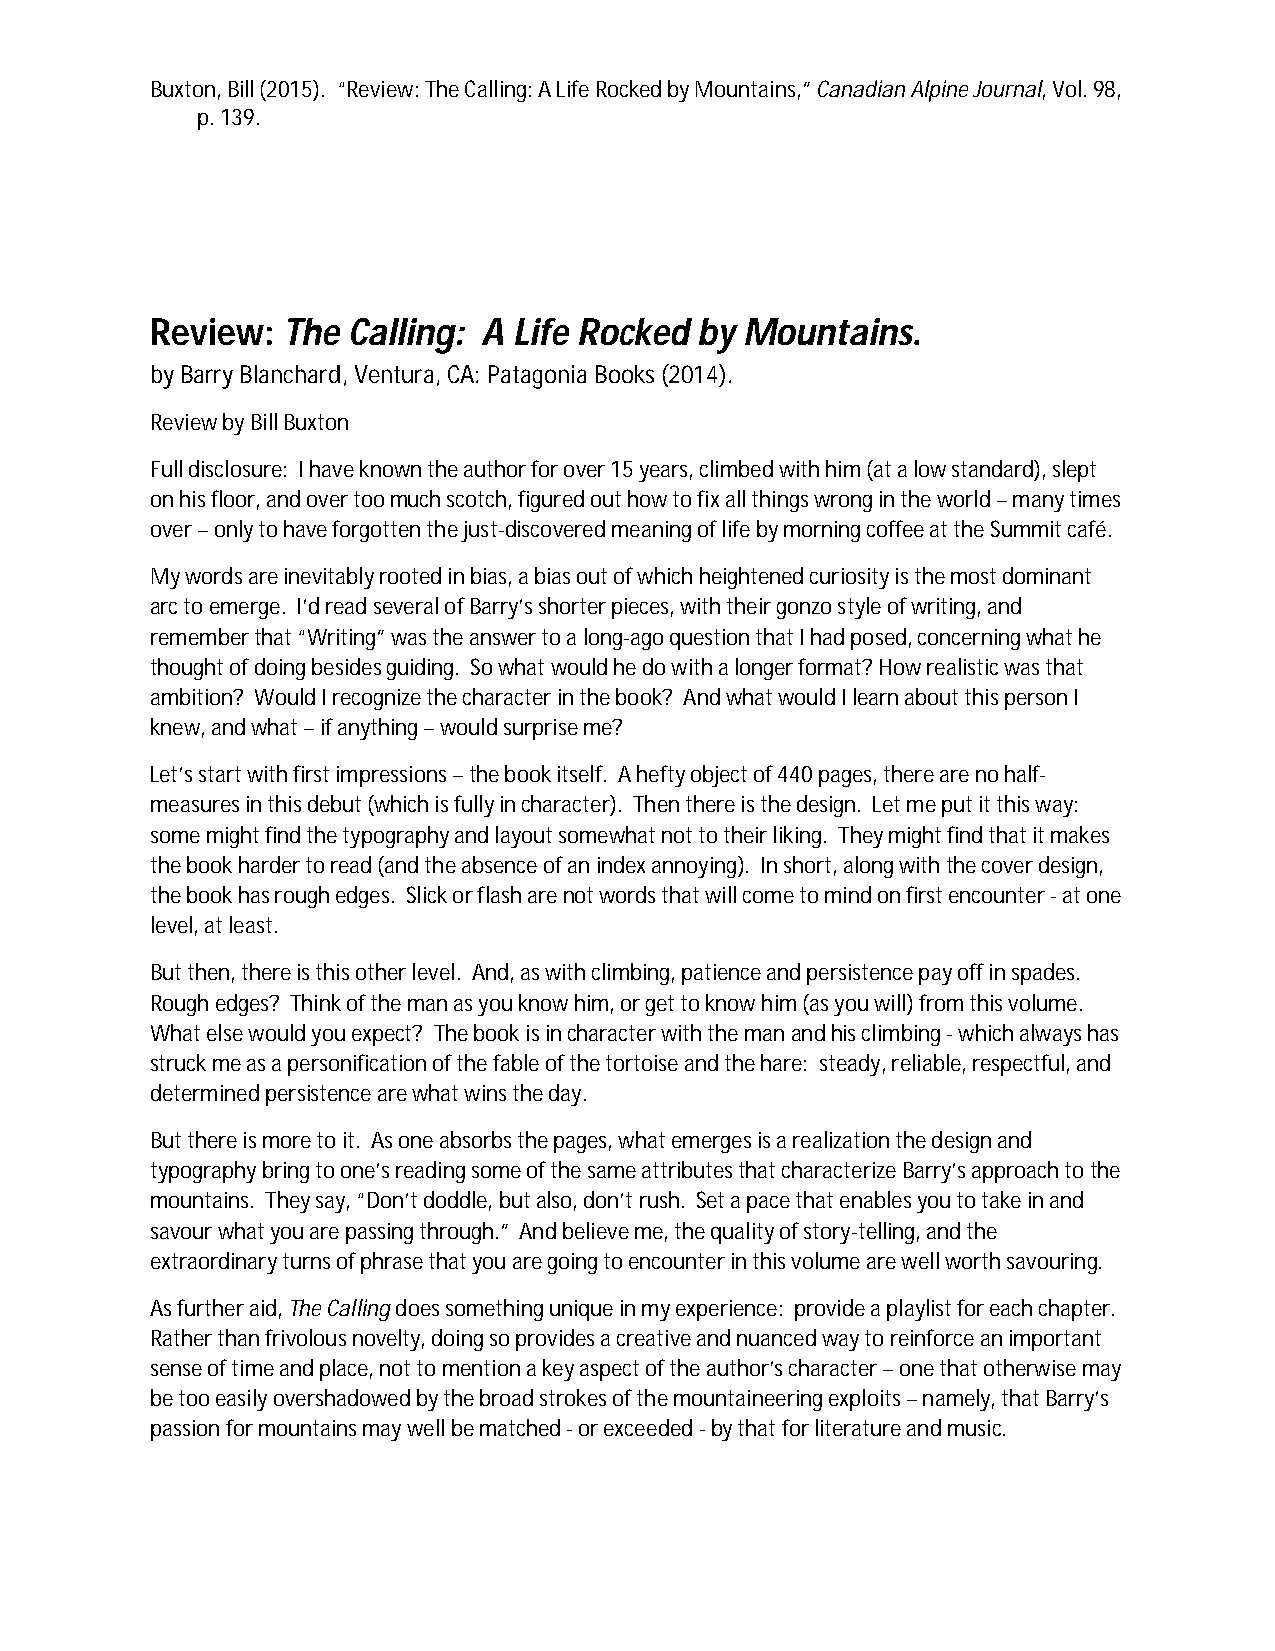
Buxton, Bill (2015). “Review: The Calling: A Life Rocked by Mountains,” Canadian Alpine Journal, Vol. 98,
 p. 139.
 Review:  The Calling: A Life Rocked by Mountains.
 by Barry Blanchard, Ventura, CA: Patagonia Books (2014).
 Review by Bill Buxton
 Full disclosure: I have known the author for over 15 years, climbed with him (at a low standard), slept
 on his floor, and over too much scotch, figured out how to fix all things wrong in the world – many times
 over – only to have forgotten the just-discovered meaning of life by morning coffee at the Summit café.
 My words are inevitably rooted in bias, a bias out of which heightened curiosity is the most dominant
 arc to emerge. I’d read several of Barry’s shorter pieces, with their gonzo style of writing, and
 remember that “Writing” was the answer to a long-ago question that I had posed, concerning what he
 thought of doing besides guiding. So what would he do with a longer format? How realistic was that
 ambition? Would I recognize the character in the book? And what would I learn about this person I
 knew, and what – if anything – would surprise me?
 Let’s start with first impressions – the book itself. A hefty object of 440 pages, there are no half-
 measures in this debut (which is fully in character). Then there is the design. Let me put it this way:
 some might find the typography and layout somewhat not to their liking. They might find that it makes
 the book harder to read (and the absence of an index annoying). In short, along with the cover design,
 the book has rough edges. Slick or flash are not words that will come to mind on first encounter - at one
 level, at least.
 But then, there is this other level. And, as with climbing, patience and persistence pay off in spades.
 Rough edges? Think of the man as you know him, or get to know him (as you will) from this volume.
 What else would you expect? The book is in character with the man and his climbing - which always has
 struck me as a personification of the fable of the tortoise and the hare: steady, reliable, respectful, and
 determined persistence are what wins the day.
 But there is more to it. As one absorbs the pages, what emerges is a realization the design and
 typography bring to one’s reading some of the same attributes that characterize Barry’s approach to the
 mountains. They say, “Don’t doddle, but also, don’t rush. Set a pace that enables you to take in and
 savour what you are passing through.” And believe me, the quality of story-telling, and the
 extraordinary turns of phrase that you are going to encounter in this volume are well worth savouring.
 As further aid, The Calling does something unique in my experience: provide a playlist for each chapter.
 Rather than frivolous novelty, doing so provides a creative and nuanced way to reinforce an important
 sense of time and place, not to mention a key aspect of the author’s character – one that otherwise may
 be too easily overshadowed by the broad strokes of the mountaineering exploits – namely, that Barry’s
 passion for mountains may well be matched - or exceeded - by that for literature and music.